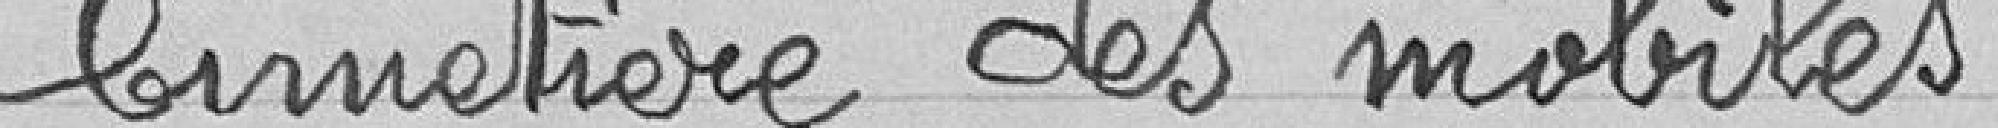
Cimetière des mobiles